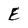
Character: E